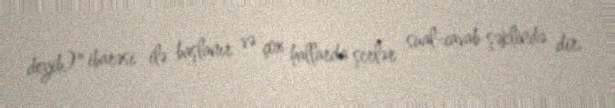
deyib)" ibarəsi ilə başlanır və çox hallarda şerlər sual-cavab şəklində dir.